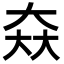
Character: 𡘙